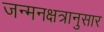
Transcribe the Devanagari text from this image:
जन्मनक्षत्रानुसार